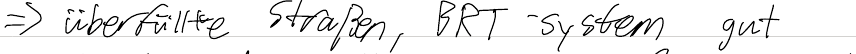
=> überfüllte Straßen, BRT-System gut